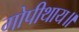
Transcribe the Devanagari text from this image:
गोपीथाय॥